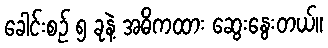
ခေါင်းစဉ် ၅ ခုနဲ့ အဓိကထား ဆွေးနွေးတယ်။